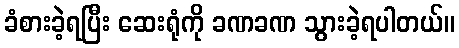
ခံစားခဲ့ရပြီး ဆေးရုံကို ခဏခဏ သွားခဲ့ရပါတယ်။